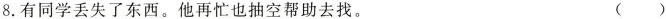
8.有同学丢失了东西。他再忙也抽空帮助去找。 ()